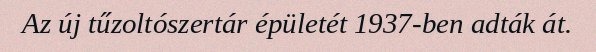
Az új tűzoltószertár épületét 1937-ben adták át.